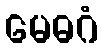
မေဓဂံ